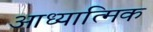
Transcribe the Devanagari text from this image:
आध्यात्‍मिक